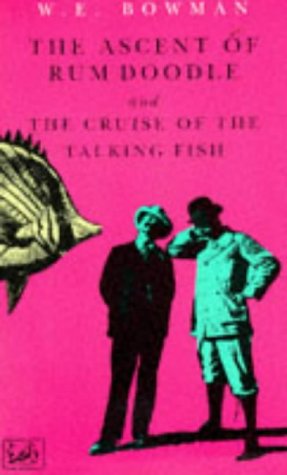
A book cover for The Ascent of Rum Doodle and the Cruise of the Talking Fish; W. E. Bowman; Sports & Outdoors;